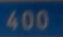
400